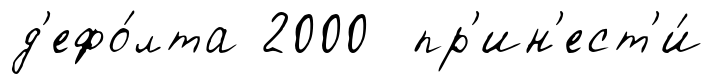
д'ефо́лта 2000 пр'ин'ест'и́